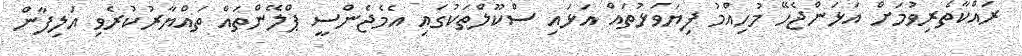
ރައްކާތެރިވުމަށް އަޅަންޖެހޭ މުހިއްމު ފިޔަވަޅުތައް އަޅައި ސްކޫލްތަކުގައި އެމެޖެންސީ ޕްލޭންތައް ތައްޔާރުކުރެވި އަލިފާން